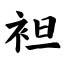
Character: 袒